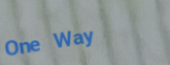
One Way